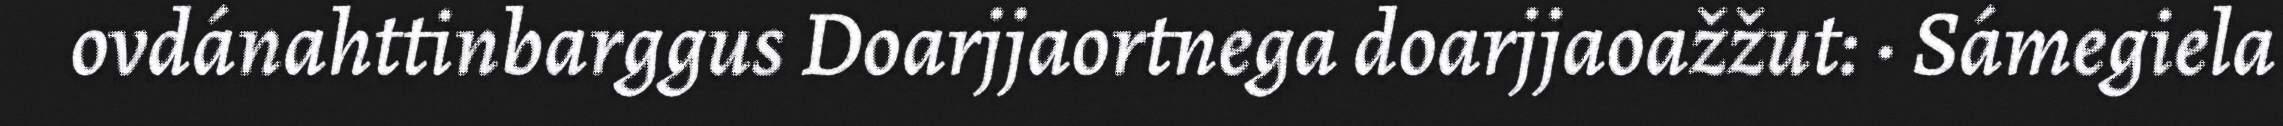
ovdánahttinbarggus Doarjjaortnega doarjjaoažžut: · Sámegiela